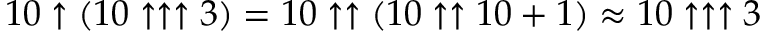
1 0 \uparrow ( 1 0 \uparrow \uparrow \uparrow 3 ) = 1 0 \uparrow \uparrow ( 1 0 \uparrow \uparrow 1 0 + 1 ) \approx 1 0 \uparrow \uparrow \uparrow 3